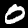
Label: 0